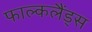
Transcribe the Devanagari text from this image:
फाल्कलैंड्स